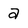
Character: a